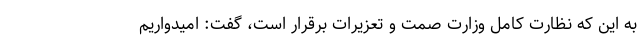
به این که نظارت کامل وزارت صمت و تعزیرات برقرار است، گفت: امیدواریم